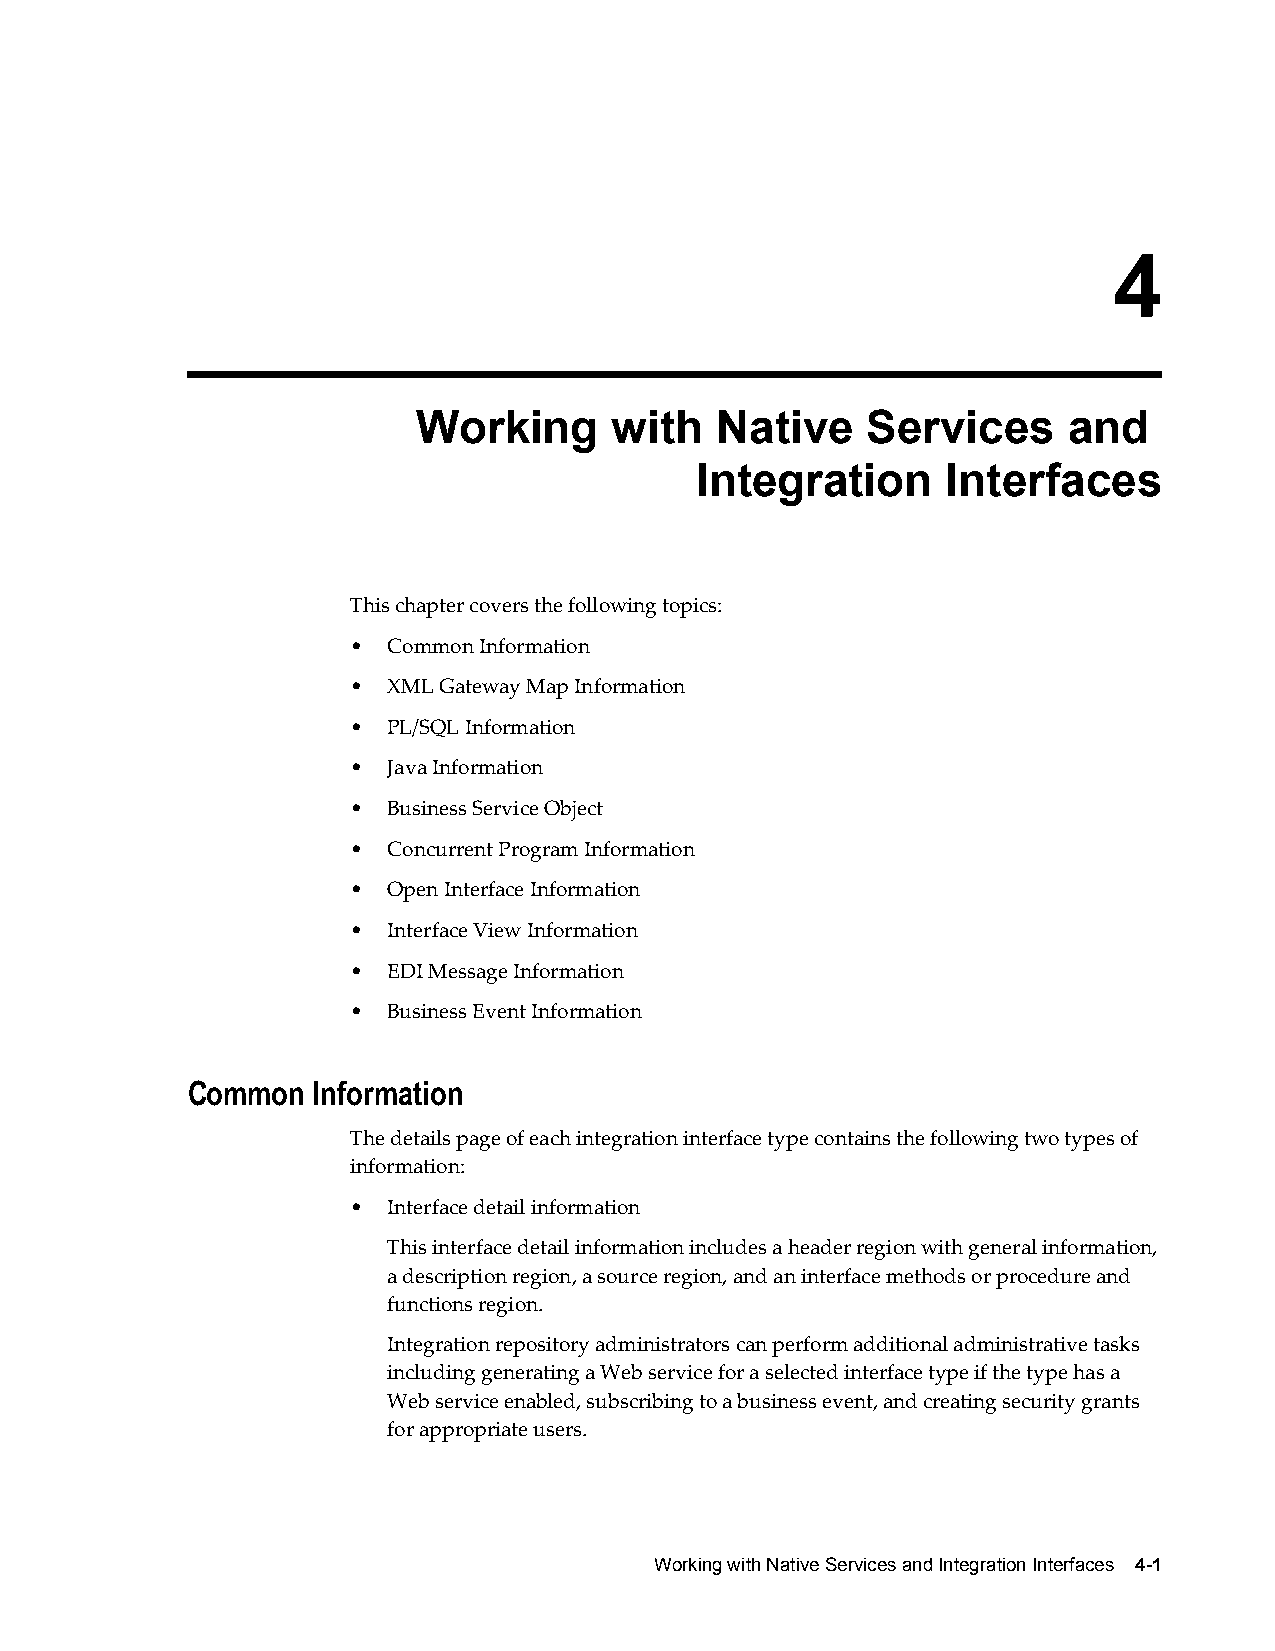
4
 Working      with  Native    Services      and
 Integration      Interfaces
 This chapter covers the following topics:
 •  Common Information
 •  XML Gateway Map Information
 •  PL/SQL Information
 •  Java Information
 •  Business Service Object
 •  Concurrent Program Information
 •  Open Interface Information
 •  Interface View Information
 •  EDI Message Information
 •  Business Event Information
 Common   Information
 The details page of each integration interface type contains the following two types of
 information:
 •  Interface detail information
 This interface detail information includes a header region with general information,
 a description region, a source region, and an interface methods or procedure and
 functions region.
 Integration repository administrators can perform additional administrative tasks
 including generating a Web service for a selected interface type if the type has a
 Web service enabled, subscribing to a business event, and creating security grants
 for appropriate users.
 Working with Native Services and Integration Interfaces 4-1